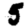
Digit: 5